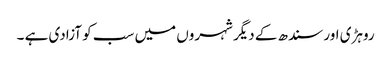
روہڑی اور سندھ کے دیگر شہروں میں سب کو آزادی ہے ۔